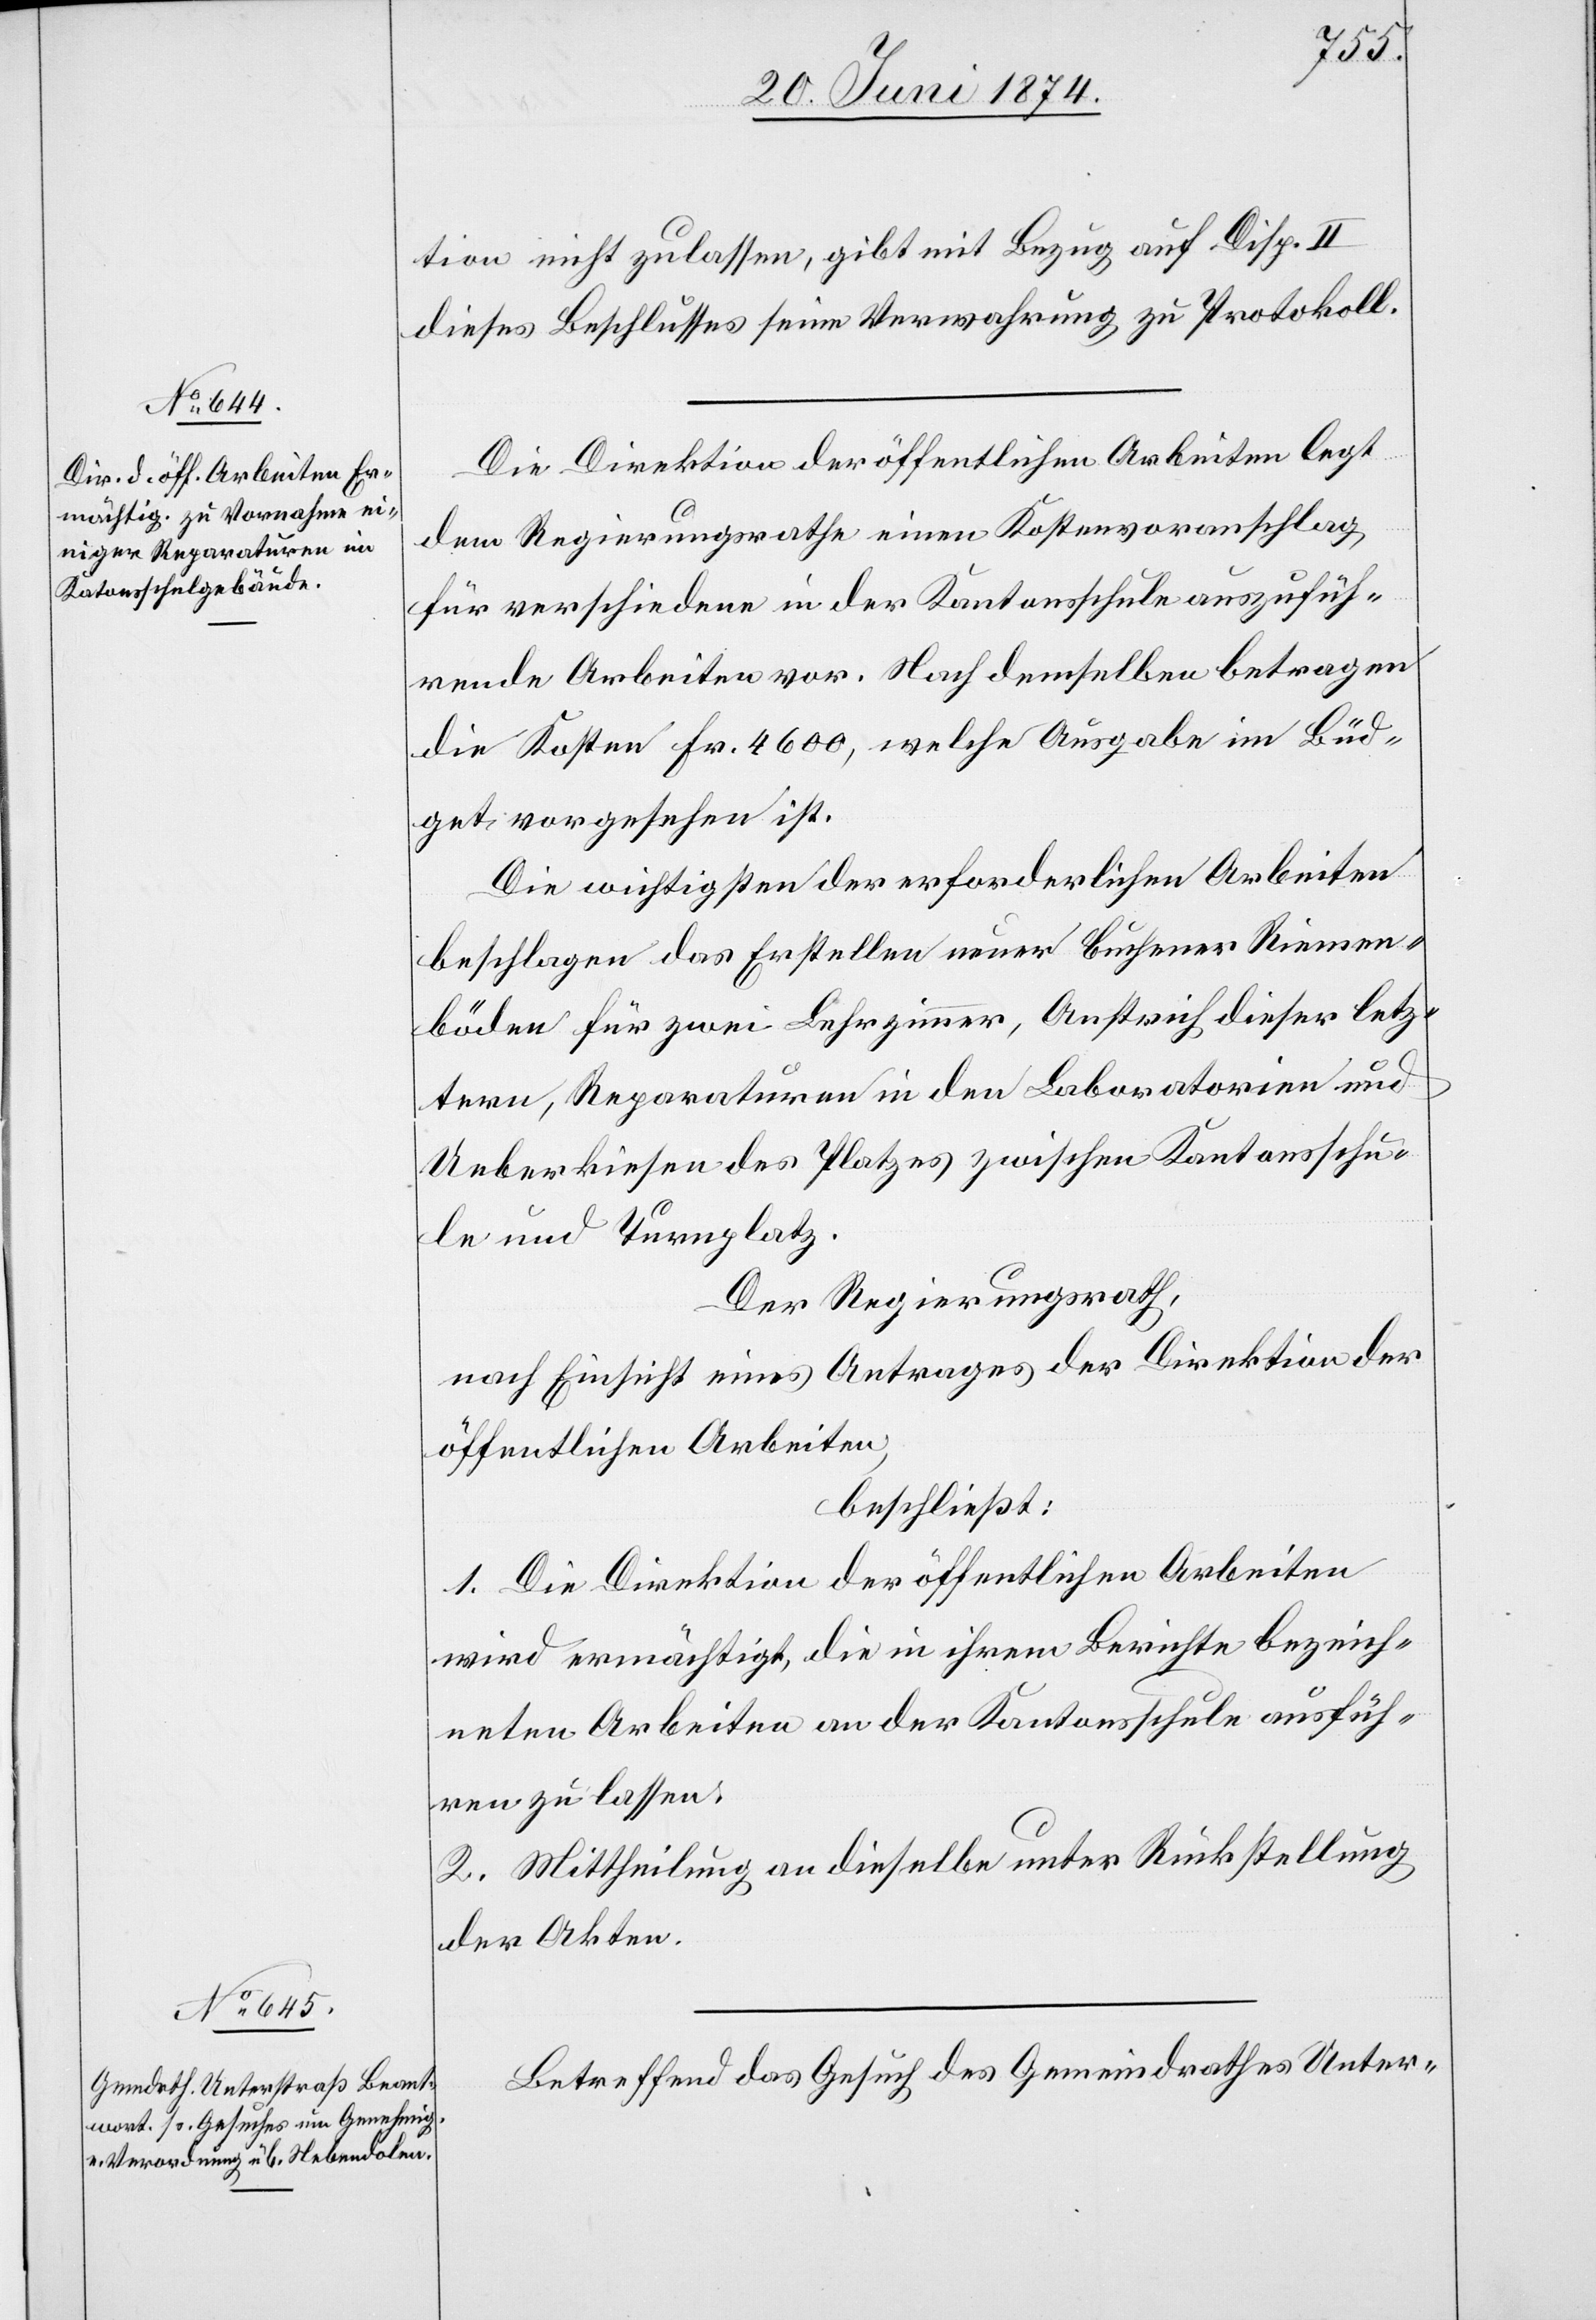
tion nicht zulassen, gibt mit Bezug auf Disp. II
dieses Beschlusses seine Verwahrung zu Protokoll.
Die Direktion der öffentlichen Arbeiten legt
dem Regierungsrathe einen Kostenvoranschlag
für verschiedene in der Kantonsschule auszufüh¬
rende Arbeiten vor. Nach demselben betragen
die Kosten Fr. 4600, welche Ausgabe im Büd¬
get vorgesehen ist.
Die wichtigsten der erforderlichen Arbeiten
beschlagen das Erstellen neuer buchener Riemen¬
böden für zwei Lehrzimmer, Anstreich dieser letz¬
tern, Reparaturen in den Laboratorien und
Ueberkiesen des Platzes zwischen Kantonsschu¬
le und Turnplatz.
Der Regierungsrath,
nach Einsicht eines Antrages der Direktion der
öffentlichen Arbeiten,
beschließt:
1. Die Direktion der öffentlichen Arbeiten
wird ermächtigt, die in ihrem Berichte Bezeich¬
neten Arbeiten an der Kantonsschule ausfüh¬
ren zu lassen.
2. Mittheilung an dieselbe unter Rückstellung
der Akten.
Betreffend das Gesuch des Gemeindrathes Unter-